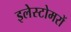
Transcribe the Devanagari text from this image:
इलेस्टोमरों